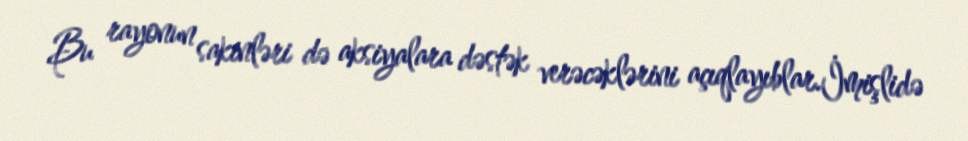
Bu rayonun sakinləri də aksiyalara dəstək verəcəklərini açıqlayıblar.İmişlidə